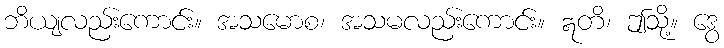
ဘိယျလည်းကောင်း။ အသမောစ၊ အသမလည်းကောင်း။ ဣတိ၊ ဤသို့။ ဒွေ